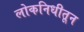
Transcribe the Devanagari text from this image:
लोकनिधीतून